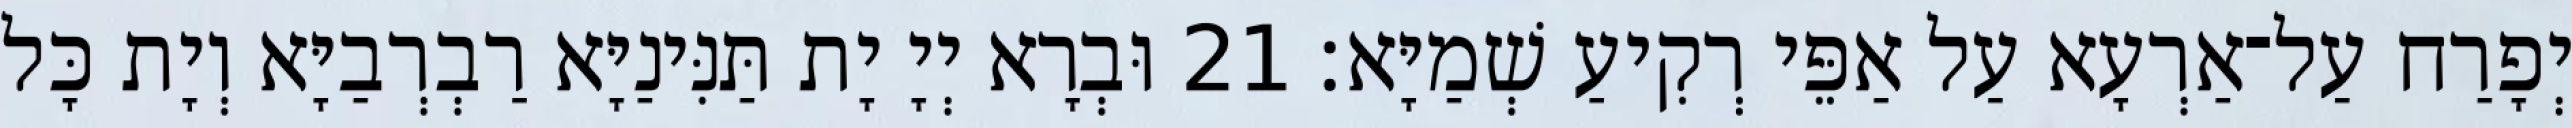
יְפָרַח עַל־אַרְעָא עַל אַפֵּי רְקִיעַ שְׁמַיָּא׃ 21 וּבְרָא יְיָ יָת תַּנִּינַיָּא רַבְרְבַיָּא וְיָת כָּל